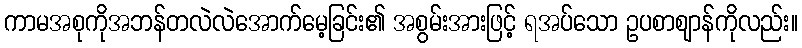
ကာမအစုကိုအဘန်တလဲလဲအောက်မေ့ခြင်း၏ အစွမ်းအားဖြင့် ရအပ်သော ဥပစာဈာန်ကိုလည်း။